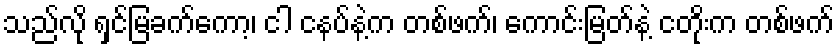
သည်လို ရှင်မြခက်ကော့၊ ငါ ငနပ်နဲ့က တစ်ဖက်၊ ကောင်းမြတ်နဲ့ ငတိုးက တစ်ဖက်